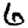
Digit: 6